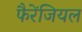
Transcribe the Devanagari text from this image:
फैरेंजियल